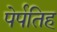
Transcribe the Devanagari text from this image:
पेर्पतिह